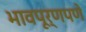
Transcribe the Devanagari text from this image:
भावपूर्णपणे